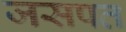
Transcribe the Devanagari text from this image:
जसपत